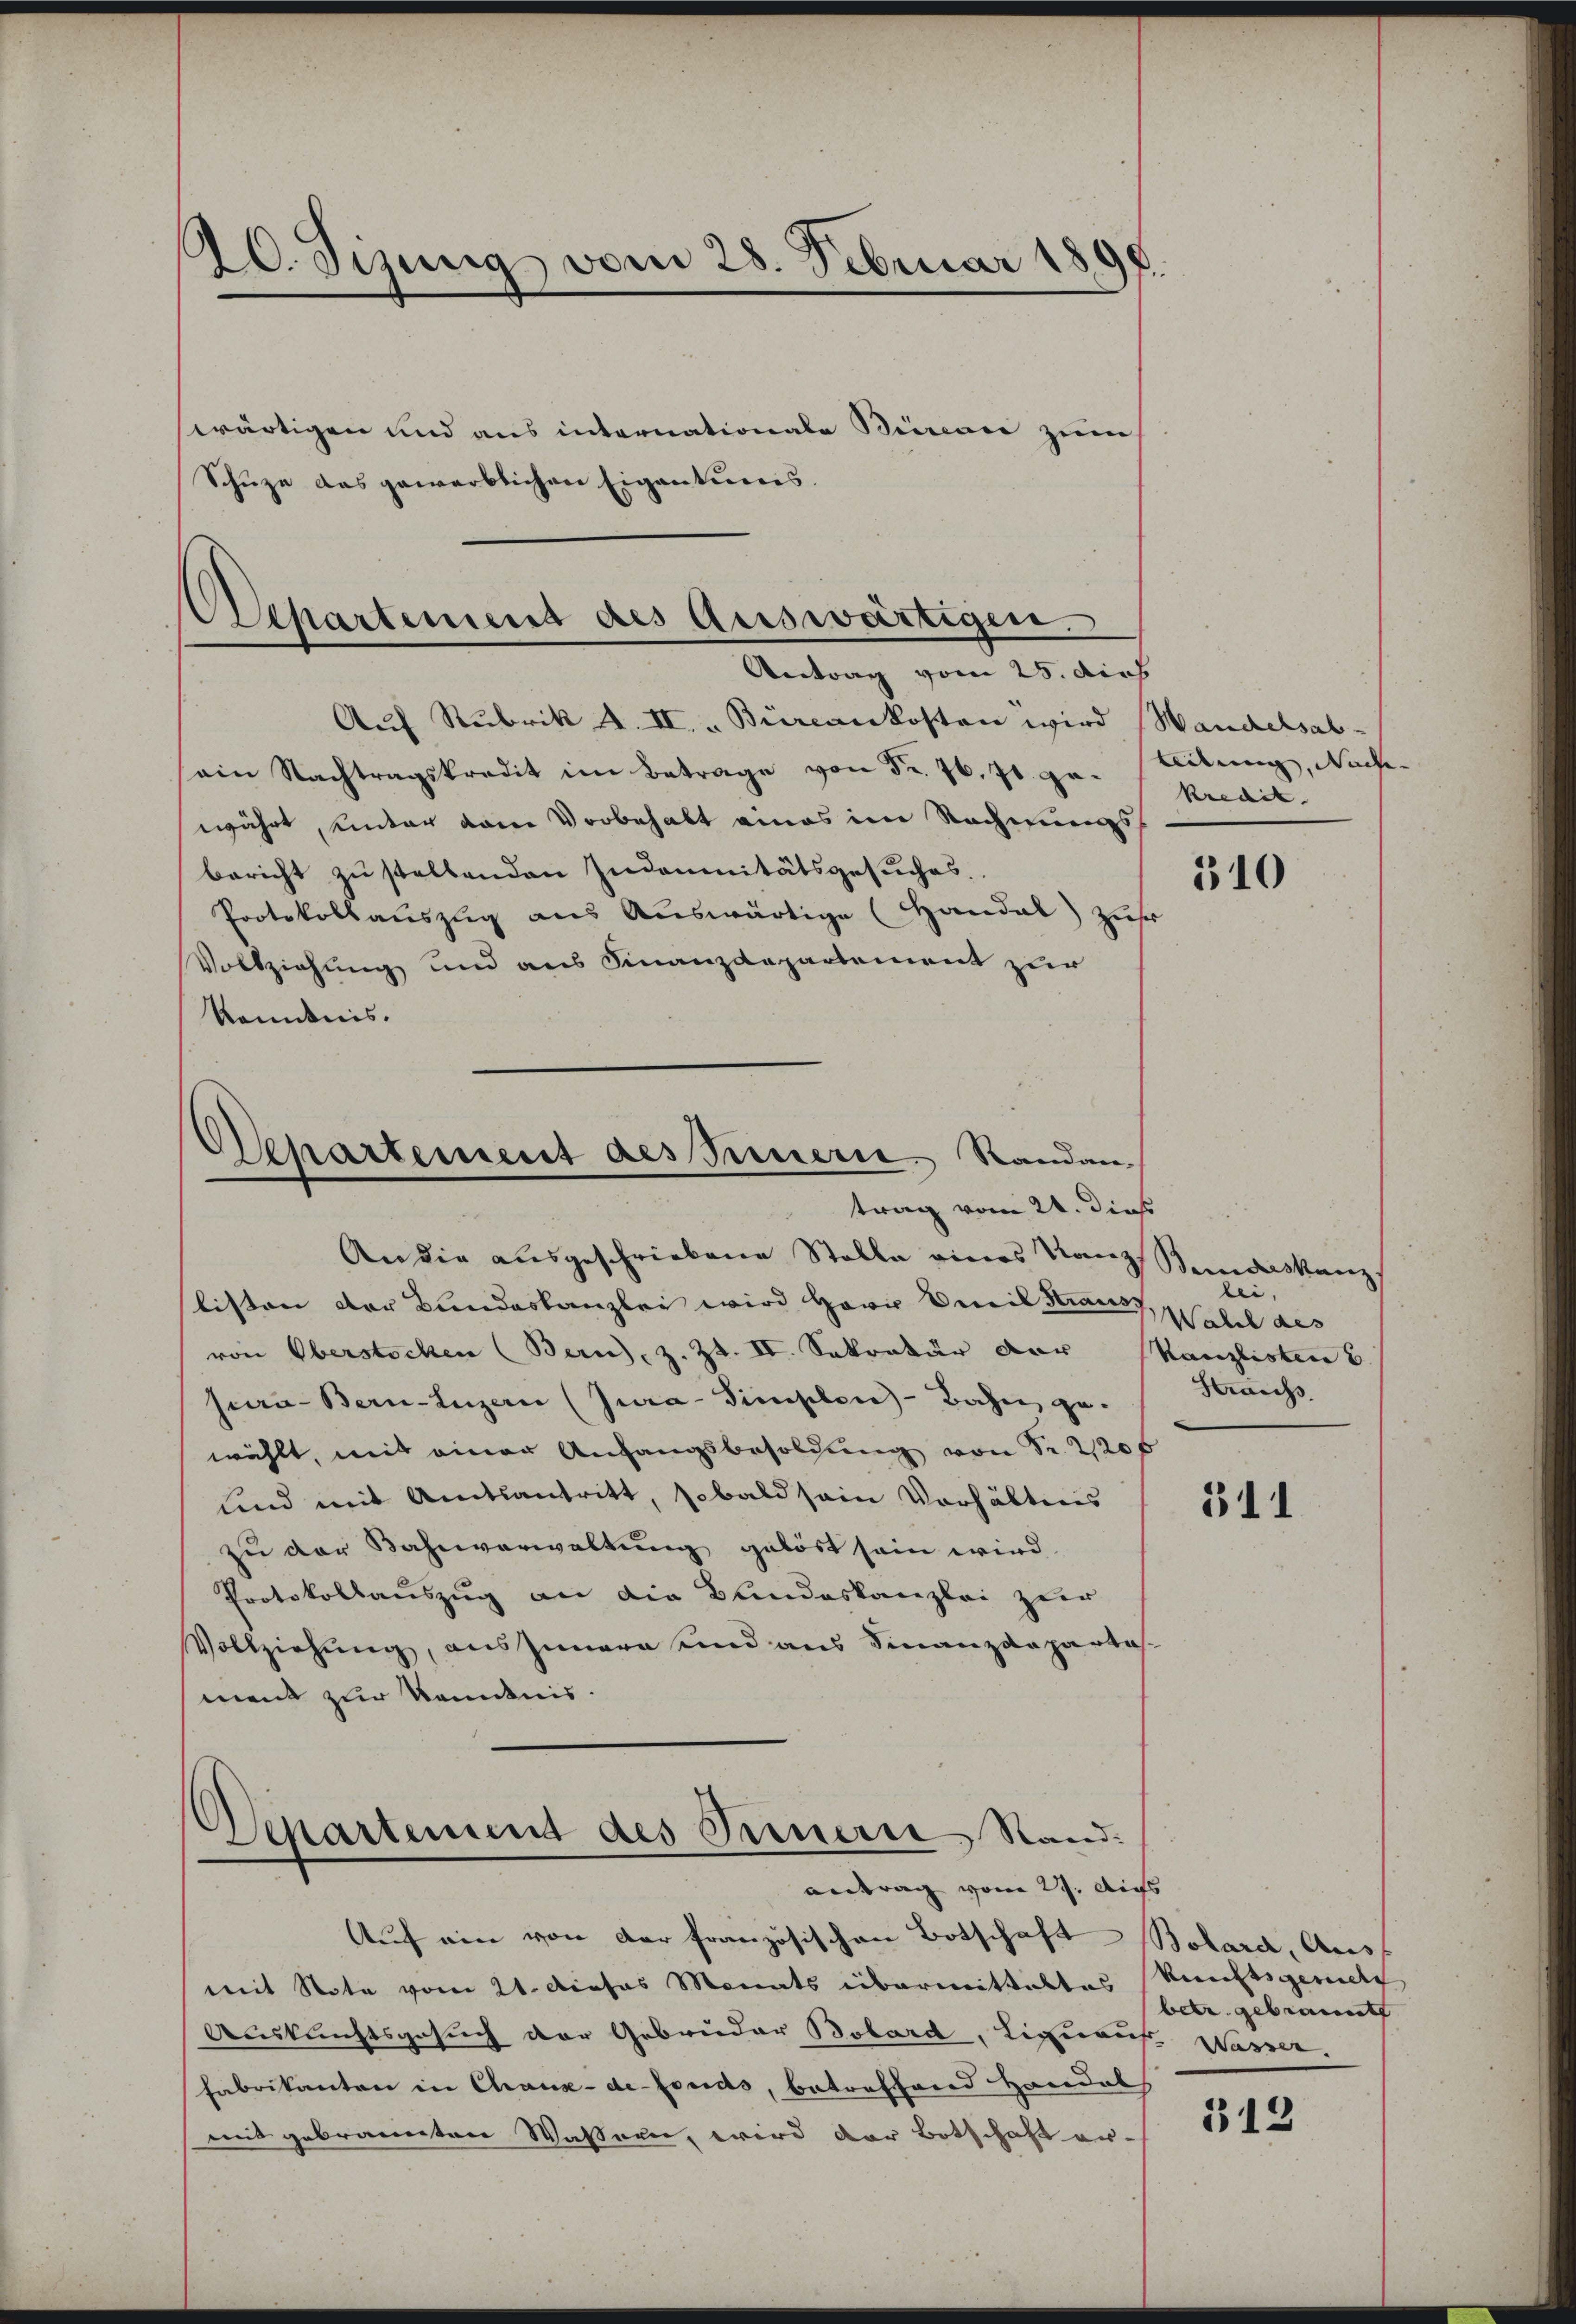
20. Jizung vom 28. Februar 1898.

wärtigen und aus internationale Bierence zum
Schuze das gewerblichen Eigentums.

Achartement des Auswärtigen.
Antrag vom 25. dies

Aŭf Rubrik u. II. " Burcankosten wird
ain Nachtragskredit im Betrage von Fr. 76. 71. gewährt, unter dem Vorbehalt eines im Rechnungsbericht zu stellenden Indemnitätsgesuches.
Protokollauszug aus Auswärtige (Handal) Zufr
Vollziehung und aus Finanzdepartement zur
Kenntnis.
An die ausgeschriebene Stelle eines Kanzendeskanz
listen der Bundeskanzlei wird Herr Emil Strauf, Wall des
von Oberstocken (Bern), z. Zt. II. Sekretär vor
Jura Bern-Luzern (Jura-Simplen-Bahn ge-
wählt, mit einer Anfangsbesoldung von Sr. 220 f
und mit Amtsantritt, sobald sein Verhältnis
zu der Bahnverwaltung gelöst sein wird.
Protokollauszug an die Bandeskanzlei zur
Vollziehung, auszumern und aus Finanzdeparta
ment zur Kenntnis.
Separtement des Fernern Stand:

Departement des Innern Randan
trag vom 21. dieß

antrag vom 27. Aufs

Auf ein von der französischen Botschaft Bolard, Aus
mit Note vom 21. Dieses Monats übermitteltes kunftsgericht
Auskunftsgesuch der Gebrüder Bobard, Linauf Wasser.
Fabrikanton in Chaux-de-Fonds, betreffend Handal
mit gebrannten Wassern, wird der Botschaft er¬

Wandelsab
eidung, Nachen
kredit.

310

t.
Kanzlisten
Krauhs

511

betr. gebrauct

312